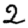
Digit: 2